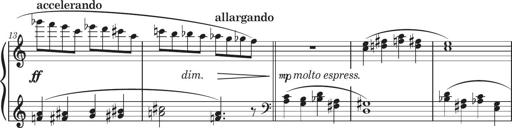
Title: Sonatine in 3 SÃ¤tzen
Composer: Gertrud Schweizer